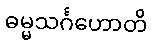
ဓမ္မသင်္ဂဟောတိ